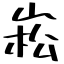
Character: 崧